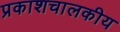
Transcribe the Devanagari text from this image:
प्रकाशचालकीय